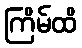
ကြိမ်ထိ